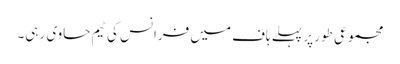
مجموعی طور پر پہلے ہاف میں فرانس کی ٹیم حاوی رہی۔